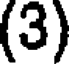
(3)